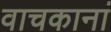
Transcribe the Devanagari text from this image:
वाचकानां